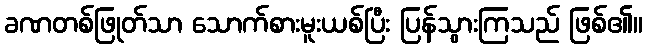
ခဏတစ်ဖြုတ်သာ သောက်စားမူးယစ်ပြီး ပြန်သွားကြသည် ဖြစ်၏။